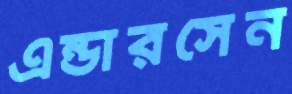
এন্ডারসেন